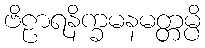
ဗိဠာရနိက္ခမနမတ္တမ္ပိ